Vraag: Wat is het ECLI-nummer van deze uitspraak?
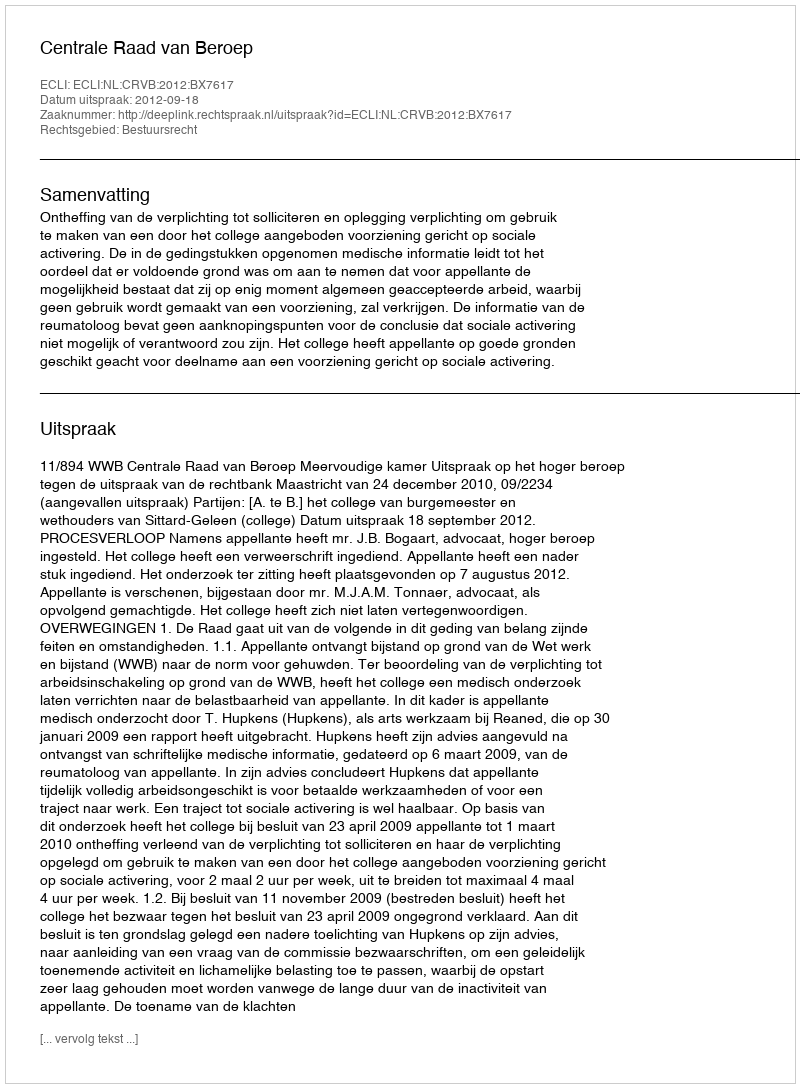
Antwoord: ECLI:NL:CRVB:2012:BX7617